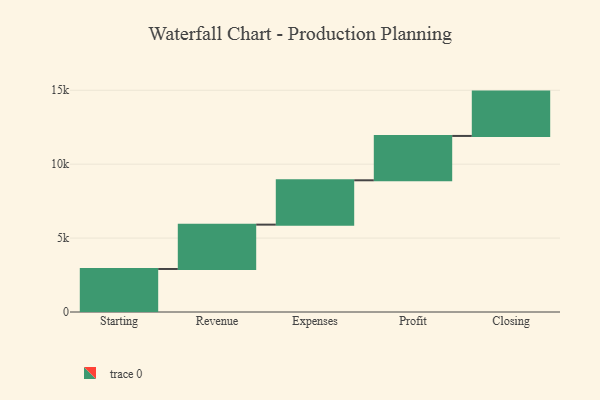
{"axis": {"x": "Step", "y": "Value"}, "legend": [""], "data": [{"x": "Starting", "y": 2911.0, "type": ""}, {"x": "Revenue", "y": 3000, "type": ""}, {"x": "Expenses", "y": 3000, "type": ""}, {"x": "Profit", "y": 3000, "type": ""}, {"x": "Closing", "y": 3000, "type": ""}]}